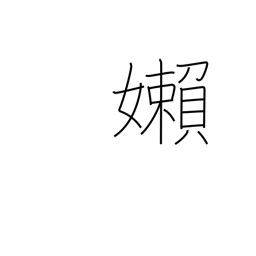
Meaning: languid